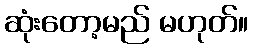
ဆုံးတော့မည် မဟုတ်။